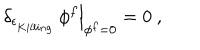
\left. \delta _ { \epsilon _ { \phantom { } _ { { K i l l i n g } } } } \, \phi ^ { f } \right| _ { \phi ^ { f } = 0 } = 0 \ ,